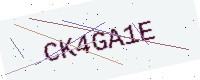
Text: CK4GA1E